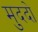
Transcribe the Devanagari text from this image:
मुददो